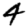
Digit: 4